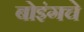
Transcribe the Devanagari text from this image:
बोइंगचे